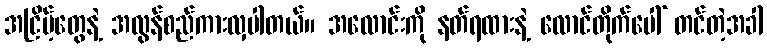
အငြိမ့်တွေနဲ့ အလွန်စည်ကားလှပါတယ်။ အလောင်းကို နတ်ရထားနဲ့ လောင်တိုက်ပေါ် တင်တဲ့အခါ